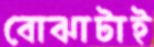
বোঝাটাই